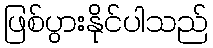
ဖြစ်ပွားနိုင်ပါသည်